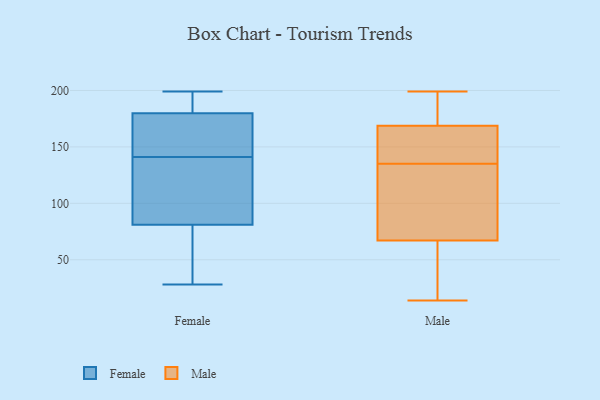
{"axis": {"x": "Temperature (°C)", "y": "Value"}, "legend": ["Female", "Male"], "data": [{"x": "", "y": 33, "type": "Female"}, {"x": "", "y": 188, "type": "Female"}, {"x": "", "y": 160, "type": "Female"}, {"x": "", "y": 194, "type": "Female"}, {"x": "", "y": 199, "type": "Female"}, {"x": "", "y": 106, "type": "Female"}, {"x": "", "y": 161, "type": "Female"}, {"x": "", "y": 28, "type": "Female"}, {"x": "", "y": 94, "type": "Female"}, {"x": "", "y": 177, "type": "Female"}, {"x": "", "y": 118, "type": "Female"}, {"x": "", "y": 42, "type": "Female"}, {"x": "", "y": 141, "type": "Female"}, {"x": "", "y": 135, "type": "Male"}, {"x": "", "y": 129, "type": "Male"}, {"x": "", "y": 164, "type": "Male"}, {"x": "", "y": 14, "type": "Male"}, {"x": "", "y": 199, "type": "Male"}, {"x": "", "y": 52, "type": "Male"}, {"x": "", "y": 183, "type": "Male"}, {"x": "", "y": 35, "type": "Male"}, {"x": "", "y": 184, "type": "Male"}, {"x": "", "y": 144, "type": "Male"}, {"x": "", "y": 72, "type": "Male"}, {"x": "", "y": 128, "type": "Male"}, {"x": "", "y": 24, "type": "Male"}, {"x": "", "y": 86, "type": "Male"}, {"x": "", "y": 199, "type": "Male"}, {"x": "", "y": 138, "type": "Male"}, {"x": "", "y": 153, "type": "Male"}]}